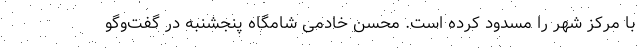
با مرکز شهر را مسدود کرده است. محسن خادمی شامگاه پنجشنبه در گفت‌وگو